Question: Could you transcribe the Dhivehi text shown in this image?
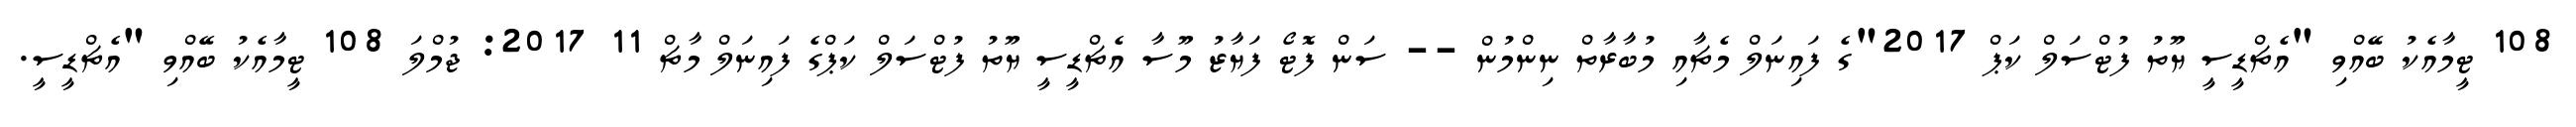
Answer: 108 ޓީމާއެކު ބޭއްވި "އެޗްޑީސީ ޔޫތު ފުޓްސަލް ކަޕް 2017"ގެ ފައިނަލް މެޗާއި މުބާރާތް ނިންމުން -- ސަން ފޮޓޯ ފަޔާޒު މޫސާ އެޗްޑީސީ ޔޫތު ފުޓްސަލް ކަޕްގެ ފައިނަލް މާޗް 11 2017: ޖުމްލަ 108 ޓީމާއެކު ބޭއްވި "އެޗްޑީސީ.